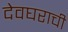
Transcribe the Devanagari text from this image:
देवघराची